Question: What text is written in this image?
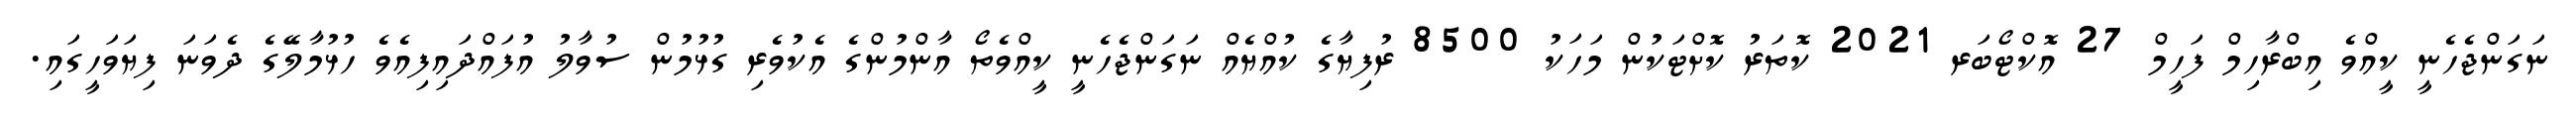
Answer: ނަގަންޖެހެނީ ކީއްވެ އިބްރާހިމް ފަހީމް 27 އޮކްޓޯބަރ 2021 ކޮތަރު ކޮށްޓަކުން މަހަކު 8500 ރުފިޔާގެ ކުއްޔެއް ނަގަންޖެހެނީ ކީއްވެތޯ އާންމުންގެ އެކުވެރި ގުޅުމުން ސުވާލު އުފައްދައިފިއެވެ ހުޅުމާލޭގެ ދެވަނަ ފިޔަވަހީގައި.